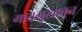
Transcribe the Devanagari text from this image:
गायमुखातून